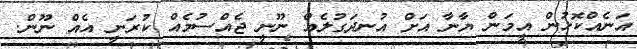
އަނެއްކޮޅުން އީމަން ޔާނާ އަށް އުނދަގުލެެއް ނޫނީ ޖެއްސުމެއް ކުރަނީ އެއް ނޫން.